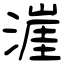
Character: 漄